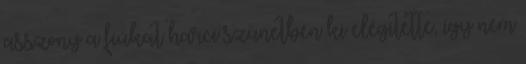
asszony a fiúkat harci szünetben ki elégítette, így nem